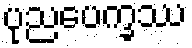
ပုညပေက္ခဿ